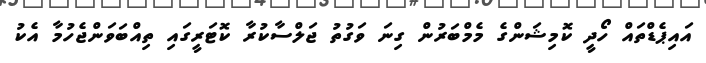
އައިޕެޑްތައް ހޯދީ ކޮމިޝަންގެ މެމްބަރުން ގިނަ ވަގުތު ޖަލްސާކުރާ ކޮޓަރީގައި ތިއްބަވަންޖެހުމާ އެކު